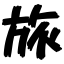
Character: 旅